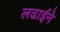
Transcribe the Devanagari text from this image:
लढाईने